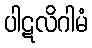
ပါဋလိဂါမံ